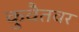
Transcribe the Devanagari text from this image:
कुवैतवर